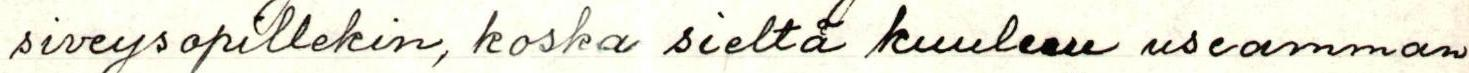
siveysopillekin, koska sieltä kuuluu useamman